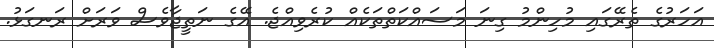
އަހަރުގެ ތެރޭގައި މުހިންމު ގިނަ މަސައްކަތްތަކެއް ކުރެވިއްޖެ. އޭގެ ނަތީޖާވެސް ވަރަށް ރަނގަޅު.